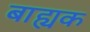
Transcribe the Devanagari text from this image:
बाह्यक